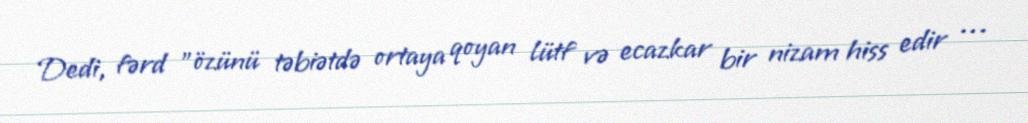
Dedi, fərd "özünü təbiətdə ortaya qoyan lütf və ecazkar bir nizam hiss edir …